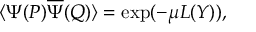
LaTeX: \langle { \Psi } ( P ) \overline { { { \Psi } } } ( Q ) \rangle = \exp ( - \mu L ( Y ) ) ,